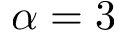
\alpha = 3